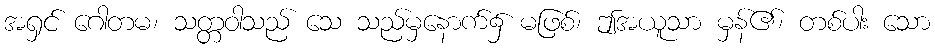
အရှင် ဂေါတမ၊ သတ္တဝါသည် သေ သည်မှနောက်၌ မဖြစ်၊ ဤအယူသာ မှန်၏၊ တစ်ပါး သော